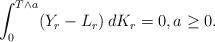
LaTeX: \begin{align*}\int_0^{T\wedge a}(Y_r-L_r)\,dK_r=0,a\ge 0.\end{align*}